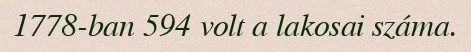
1778-ban 594 volt a lakosai száma.